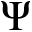
\Psi